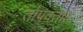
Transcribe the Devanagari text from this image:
तापवतात